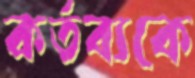
কর্তব্যকে